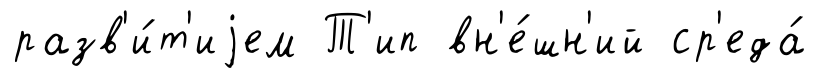
разв'и́т'иjем Т'ип вн'е́шн'ий ср'еда́